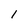
Character: 1